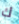
ك